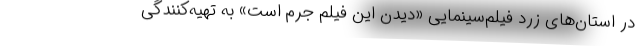
در استان‌های زرد فیلم‌سینمایی «دیدن این فیلم جرم است» به تهیه‌کنندگی